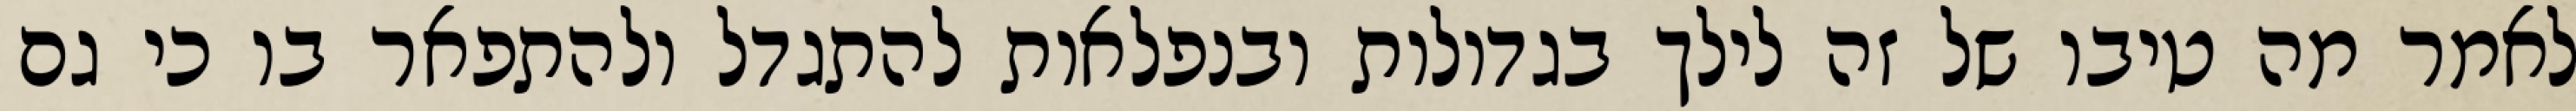
לאמר מה טיבו של זה לילך בגדולות ובנפלאות להתגדל ולהתפאר בו כי גם